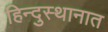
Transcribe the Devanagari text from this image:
हिन्दुस्थानात